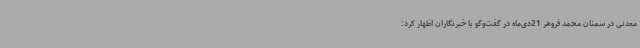
معدنی در سمنان محمد فروهر 21دی‌ماه در گفت‌وگو با خبرنگاران اظهار کرد: